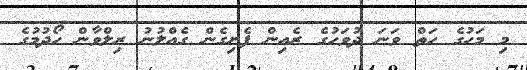
މި މަހުގެ ހަތް ވަނަ ދުވަހުގެ ރެއިން ފެށިގެން ގެއްލުނު ރިލްވާން ހޯދުމުގެ